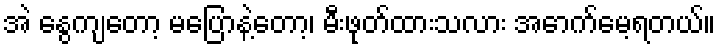
အဲ နွေကျတော့ မပြောနဲ့တော့၊ မီးဖုတ်ထားသလား အောက်မေ့ရတယ်။